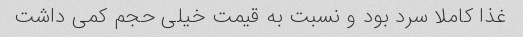
غذا کاملا سرد بود و‌ نسبت به قیمت خیلی حجم کمی داشت